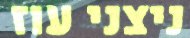
ניצני עוז